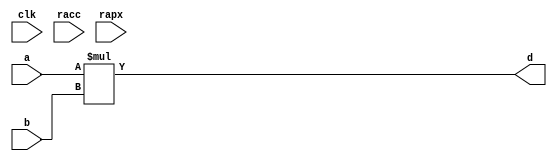
module conf_int_mul__noFF__arch_agnos( clk, racc, rapx, a, b, d);
   parameter OP_BITWIDTH = 16; 
   parameter DATA_PATH_BITWIDTH = 24;
   input clk;
   input racc;
   input rapx;
   input [DATA_PATH_BITWIDTH -1: 0] a;
   input [DATA_PATH_BITWIDTH -1: 0] b;
   output [2*(DATA_PATH_BITWIDTH) - 1 : 0] d;
   assign d = $signed(a) * $signed(b);
endmodule

// *** F:DN multiplier wrapper
//module conf_int_mul__noFF__arch_agnos__w_wrapper( clk, racc, rapx, A_in_to_wrapper, B_in_to_wrapper, d, state, rstP, P, count0);

module conf_int_mul__noFF__arch_agnos__w_wrapper (A_in_to_wrapper, B_in_to_wrapper, state, rstP, clk, racc,rapx, P, count0);
   parameter OP_BITWIDTH = 16; //operator bit width
   parameter DATA_PATH_BITWIDTH = 24; //flip flop Bit width
   
   input [DATA_PATH_BITWIDTH -1: 0] A_in_to_wrapper;
   input [DATA_PATH_BITWIDTH -1: 0] B_in_to_wrapper;
   input [8:0] count0;
   input [2:0] state;      
   input rstP; 
   input clk;
   input racc; //accurate bits reset  
   input rapx; //apx bits reset
   output [31:0] P; 

   wire [DATA_PATH_BITWIDTH -1: 0] A_in;
   wire [DATA_PATH_BITWIDTH -1 : 0] B_in;
   wire [2*(DATA_PATH_BITWIDTH) - 1 : 0] d_out;
   wire [2*(DATA_PATH_BITWIDTH) - 1 : 0] d_internal;
   wire [DATA_PATH_BITWIDTH -1 : 0] A_in_to_multiply;
   wire [DATA_PATH_BITWIDTH -1 : 0] B_in_to_multiply;
   //.................................................... 
   reg [DATA_PATH_BITWIDTH -1 : 0] a_reg;
   reg [DATA_PATH_BITWIDTH -1 : 0] b_reg;
   reg [31: 0] P_tmp;
   reg [31: 0] c_reg;  

   // *** F:DN combination logic 
   assign A_in = a_reg;
   assign B_in = b_reg;
  
//   assign A_in_to_multiply =  (state == 3'b010) ? (A_in << 8): {A_in[DATA_PATH_BITWIDTH: `OP_BITWIDTH], {(`OP_BITWIDTH){1'b0}}};
//   assign B_in_to_multiply =  (state == 3'b010) ? {B_in[DATA_PATH_BITWIDTH:`OP_BITWIDTH], {(`OP_BITWIDTH){1'b0}}} : {B_in[DATA_PATH_BITWIDTH:`OP_BITWIDTH], {(`OP_BITWIDTH){1'b0}}};
  
   assign A_in_to_multiply =  (state == 3'b010) ? (A_in << 8): A_in;
   assign B_in_to_multiply =  B_in;
   assign P = c_reg;
   assign d_out = (state == 3'b010) ? (d_internal>>8) : d_internal;
   
 // synopsys dc_script_begin
 //set_dont_touch d_internal
 // synopsys dc_script_end
 

   conf_int_mul__noFF__arch_agnos #(OP_BITWIDTH, DATA_PATH_BITWIDTH) mul__inst(.clk(clk), .racc(racc), .rapx(rapx), .a(A_in_to_multiply), .b(B_in_to_multiply), .d(d_internal));
   //multiply mul(A_in_to_multiply, B_in_to_multiply, d_internal);


   // *** F:DN sequential logic
   always@(posedge clk or posedge racc)
   begin
       if (racc == 1'b1)begin
           a_reg[DATA_PATH_BITWIDTH -1: DATA_PATH_BITWIDTH - OP_BITWIDTH] <= 0;
           b_reg[DATA_PATH_BITWIDTH -1: DATA_PATH_BITWIDTH - OP_BITWIDTH] <= 0;
       end
       else if ((state == 3'b001 && count0 == 9'd63) ||
           (state == 3'b010))begin
           a_reg[DATA_PATH_BITWIDTH -1 : DATA_PATH_BITWIDTH - OP_BITWIDTH] <= A_in_to_wrapper[DATA_PATH_BITWIDTH -1 : DATA_PATH_BITWIDTH - OP_BITWIDTH];
           b_reg[DATA_PATH_BITWIDTH -1 : DATA_PATH_BITWIDTH - OP_BITWIDTH] <= B_in_to_wrapper[DATA_PATH_BITWIDTH -1 : DATA_PATH_BITWIDTH - OP_BITWIDTH];
       end
       else if 
           ((state == 3'b011) ||
           (state == 3'b100))begin
           a_reg[DATA_PATH_BITWIDTH -1: DATA_PATH_BITWIDTH - OP_BITWIDTH] <= A_in_to_wrapper[DATA_PATH_BITWIDTH -1 : DATA_PATH_BITWIDTH - OP_BITWIDTH];
           b_reg[DATA_PATH_BITWIDTH -1: DATA_PATH_BITWIDTH - OP_BITWIDTH] <= B_in_to_wrapper[DATA_PATH_BITWIDTH -1 : DATA_PATH_BITWIDTH - OP_BITWIDTH];
       end
   end

  always@(posedge clk)
  begin
       if (racc == 1'b1)begin
           a_reg [DATA_PATH_BITWIDTH - OP_BITWIDTH -1 :0]<= 0;
           b_reg [DATA_PATH_BITWIDTH - OP_BITWIDTH -1 :0]<= 0;
       end
       else  if ((state == 3'b001 && count0 == 9'd63) ||
          (state == 3'b010))begin
          if (rapx == 1'b1 && ~(racc))begin  
              //A[DATA_PATH_BITWIDTH:a1_cut] <= A_in_to_wrapper; //commented out since a1_cut is set to be zero all the time
              a_reg[DATA_PATH_BITWIDTH - OP_BITWIDTH -1 :0] <= A_in_to_wrapper[DATA_PATH_BITWIDTH - OP_BITWIDTH -1 :0];
              b_reg[DATA_PATH_BITWIDTH - OP_BITWIDTH -1 :0] <= 0;//{(OP_BITWIDTH){1'b0}};
          end
          else begin
              //A[h:a1_cut] <= A_in_to_wrapper; //commented out since a1_cut is always set to zero
              a_reg[DATA_PATH_BITWIDTH - OP_BITWIDTH -1 :0] <= A_in_to_wrapper[DATA_PATH_BITWIDTH - OP_BITWIDTH -1 :0];
              b_reg[DATA_PATH_BITWIDTH - OP_BITWIDTH -1 :0] <= B_in_to_wrapper[DATA_PATH_BITWIDTH - OP_BITWIDTH -1 :0];
          end       
      end
      else if ((state == 3'b011) ||
          (state == 3'b100))begin
          if (rapx == 1'b1 && ~(racc))begin  
              a_reg[DATA_PATH_BITWIDTH - OP_BITWIDTH -1 :0] <=  0;// {(OP_BITWIDTH){1'b0}};
              b_reg[DATA_PATH_BITWIDTH - OP_BITWIDTH -1 :0] <= 0;//{(OP_BITWIDTH){1'b0}};
          end
          else begin
              a_reg[DATA_PATH_BITWIDTH - OP_BITWIDTH -1 :0] <=  A_in_to_wrapper[DATA_PATH_BITWIDTH - OP_BITWIDTH - 1: 0];
              b_reg[DATA_PATH_BITWIDTH - OP_BITWIDTH - 1 :0] <= B_in_to_wrapper[DATA_PATH_BITWIDTH - OP_BITWIDTH -1 :0];

          end
      end
  end

   always@(posedge clk)
   begin
       if (rstP == 1'b1) begin
           c_reg <= 32'b0;
       end
       else if (state ==  3'b010)begin
           P_tmp[31:0] = {{3{d_out[31]}}, d_out[31:3]};
           c_reg <= P_tmp;
       end
       else begin
	       c_reg[31:0] <= {{3{d_out[39]}}, d_out[39:11]};
       end
   end

endmodule